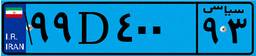
۹۹D۴۰۰۹۳